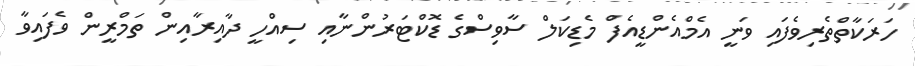
ހަރަކާތްތެރިވެފައި ވަނީ އެމްއެންޑީއެފް މެޑިކަލް ސާވިސްގެ ޑޮކްޓަރުންނާއި ސިއްހީ ދާއިރާއިން ތަމްރީން ވެފައިވާ